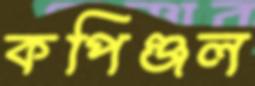
কপিঞ্জল